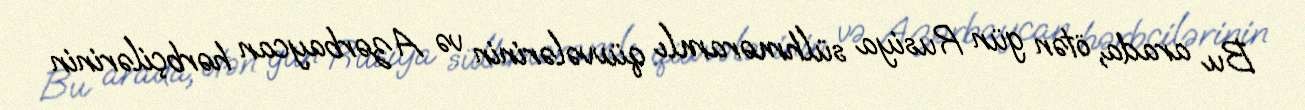
Bu arada, ötən gün Rusiya sülhməramlı qüvvələrinin və Azərbaycan hərbçilərinin